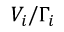
V _ { i } / \Gamma _ { i }